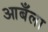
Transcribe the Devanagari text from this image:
आबँला